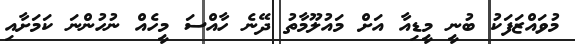
މުވައްޒަފަކު ބުނީ މީޑިއާ އަށް މައުލޫމާތު ދޭނެ ހާއްސަ މީހެއް ނުހުންނަ ކަމަށާއި